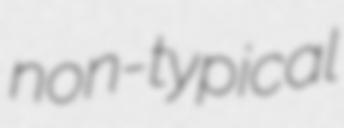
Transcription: non-typical